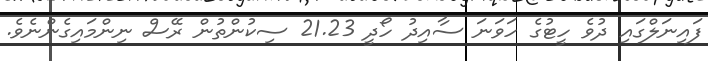
ފައިނަލްގައި ދުވެ ހީޓުގެ ހަވަނަ ސާއިދު ހޯދީ 21.23 ސިކުންތުން ރޭސް ނިންމައިގެންނެވެ.